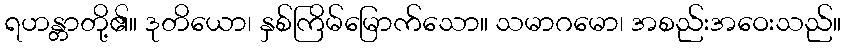
ရဟန္တာတို့၏။ ဒုတိယော၊ နှစ်ကြိမ်မြောက်သော။ သမာဂမော၊ အစည်းအဝေးသည်။